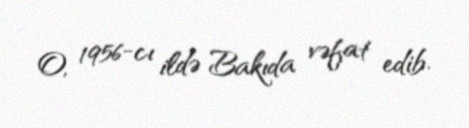
O, 1956-cı ildə Bakıda vəfat edib.